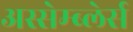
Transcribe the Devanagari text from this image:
अस्सेम्ब्लेर्स